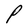
Character: P